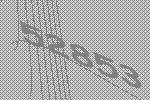
52853